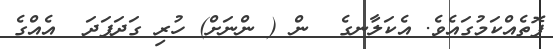
ފޮތެއްކަމުގައެވެ. އެކަލާނގެ  ން ( ންނަށް) ހުރި ގަދަފަދަ  އެއްގެ